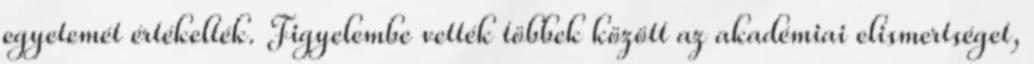
egyetemét értékelték. Figyelembe vették többek között az akadémiai elismertséget,